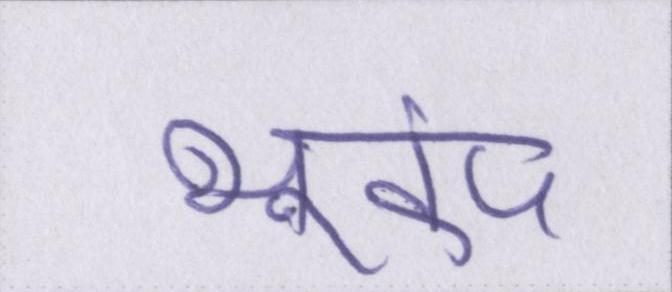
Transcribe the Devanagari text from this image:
भूकंप